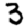
Digit: 3